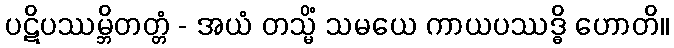
ပဋိပဿမ္ဘိတတ္တံ - အယံ တသ္မိံ သမယေ ကာယပဿဒ္ဓိ ဟောတိ။